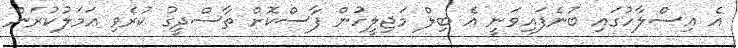
އެ އިސްލާހުގައި ބުނެފައިވަނީ އެ ބިލް މަޖިލީހުން ފާސްކޮށް ތާސްދީގު ކުރެވި އަމަލުކުރަން